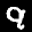
Label: 9